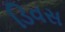
ડિવસ